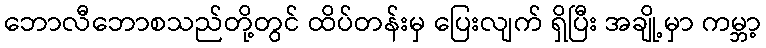
ဘောလီဘောစသည်တို့တွင် ထိပ်တန်းမှ ပြေးလျက် ရှိပြီး အချို့မှာ ကမ္ဘာ့